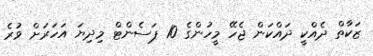
ޒަކާތް ދެއްކީ ދައްކަން ޖެހޭ މީހުންގެ 10 ޕަސެންޓް މިދިޔަ އަހަރަށް ވުރެ